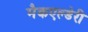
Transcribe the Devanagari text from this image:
मैकएल्डेरी